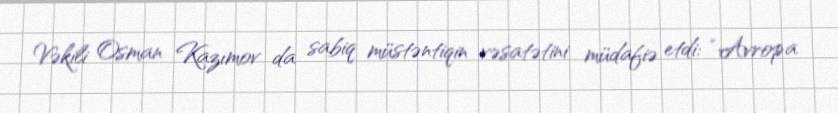
Vəkili Osman Kazımov da sabiq müstəntiqin vəsatətini müdafiə etdi: “Avropa